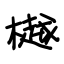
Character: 樾